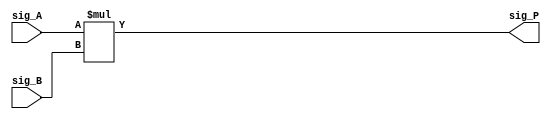
module multiply (sig_A, sig_B, sig_P);

    input [24:0] sig_A, sig_B;
    output [49:0] sig_P;

    assign sig_P = sig_A * sig_B;

endmodule